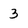
Character: 3